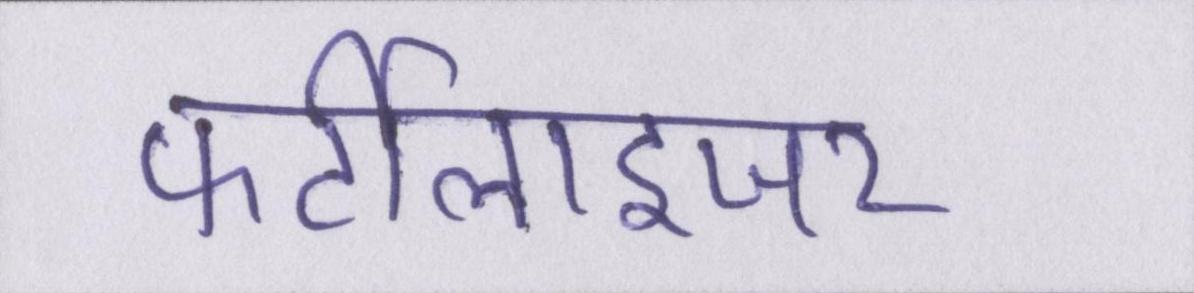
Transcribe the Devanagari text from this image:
फर्टीलाइजर